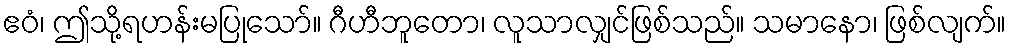
ဧဝံ၊ ဤသို့ရဟန်းမပြုသော်။ ဂီဟီဘူတော၊ လူသာလျှင်ဖြစ်သည်။ သမာနော၊ ဖြစ်လျက်။